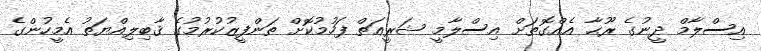
އިސްލާމް ދީނުގެ ރޫޙާ އެއްގޮތަށް އިސްލާމީ ޝަރީޢަތް ފަހުމުކޮށް ތަންފީޒުކުރުމުގެ ޤާބިލިއްޔަތު އެމީހުންގެ